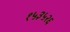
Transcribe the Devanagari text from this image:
१५३५२६